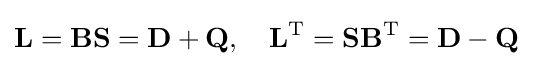
\mathbf {L} =\mathbf {B} \mathbf {S} =\mathbf {D} +\mathbf {Q} ,\quad \mathbf {L} ^{\mathrm {T} }=\mathbf {S} \mathbf {B} ^{\mathrm {T} }=\mathbf {D} -\mathbf {Q}